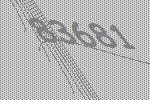
83681